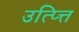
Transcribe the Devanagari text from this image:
उत्प्त्ति